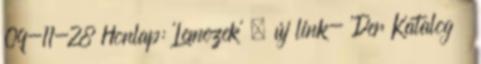
09-11-28 Honlap: 'Lemezek' » új link- 'Der Katalog